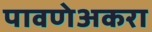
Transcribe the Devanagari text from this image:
पावणेअकरा